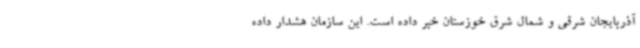
آذربایجان شرقی و شمال شرق خوزستان خبر داده است. این سازمان هشدار داده